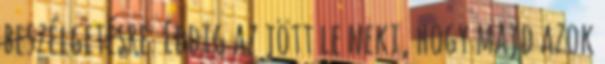
beszélgetésre. Eddig az jött le neki, hogy majd azok